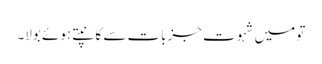
تو میں شہوتِ جزبات سے کانپتے ہوئے بولا۔